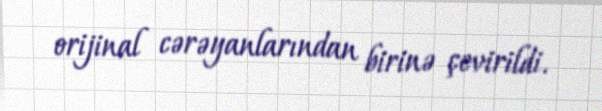
orijinal cərəyanlarından birinə çevirildi.